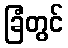
ခြံတွင်